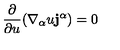
\frac { \partial } { \partial u } ( \nabla _ { \alpha } u { \bf j ^ { \alpha } } ) = 0